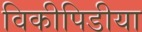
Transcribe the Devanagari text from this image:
विकीपिडीया